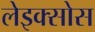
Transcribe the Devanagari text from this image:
लेइक्सोस